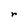
Character: r